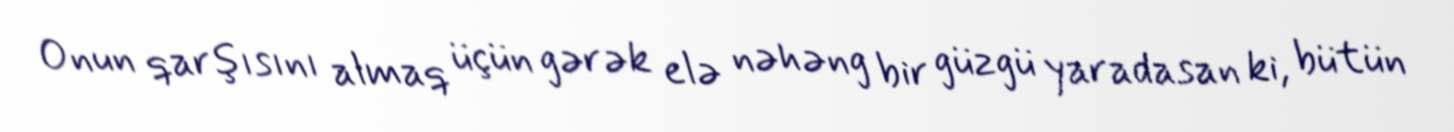
Onun qarşısını almaq üçün gərək elə nəhəng bir güzgü yaradasan ki, bütün